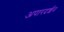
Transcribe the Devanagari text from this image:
अपारदर्शन